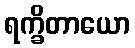
ရက္ခိတာယော